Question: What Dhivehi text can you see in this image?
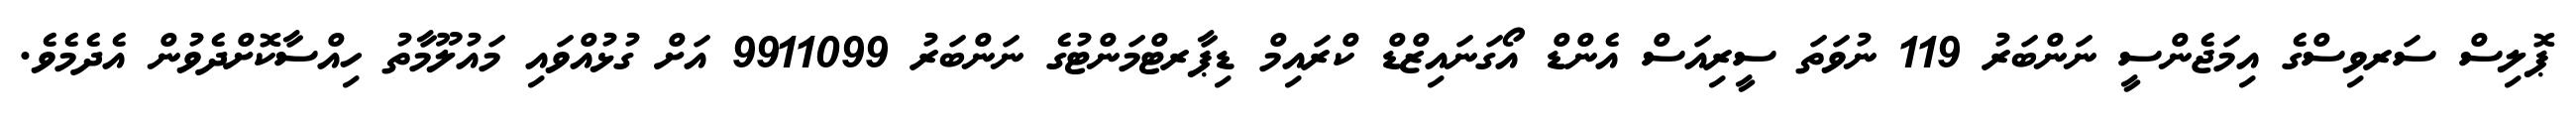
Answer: ޕޮލިސް ސަރވިސްގެ އިމަޖެންސީ ނަންބަރު 119 ނުވަތަ ސީރިއަސް އެންޑް އޯގަނައިޒްޑް ކްރައިމް ޑިޕާރޓްމަންޓުގެ ނަންބަރު 9911099 އަށް ގުޅުއްވައި މައުލޫމާތު ހިއްސާކޮށްދެވުން އެދެމެވެ.